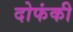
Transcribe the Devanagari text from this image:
दोफंकी